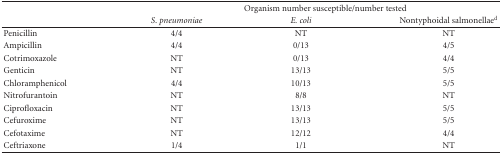
<table><thead><tr><td><b> </b></td><td colspan="3"><b>Organism number susceptible/number tested</b></td></tr><tr><td><b> </b></td><td><b><i>S. pneumoniae</i></b></td><td><b><i>E. coli</i></b></td><td><b>Nontyphoidal salmonellae<sup>d</sup></b></td></tr></thead><tbody><tr><td>Penicillin</td><td>4/4</td><td>NT</td><td>NT</td></tr><tr><td>Ampicillin</td><td>4/4</td><td>0/13</td><td>4/5</td></tr><tr><td>Cotrimoxazole</td><td>NT</td><td>0/13</td><td>4/4</td></tr><tr><td>Genticin</td><td>NT</td><td>13/13</td><td>5/5</td></tr><tr><td>Chloramphenicol</td><td>4/4</td><td>10/13</td><td>5/5</td></tr><tr><td>Nitrofurantoin</td><td>NT</td><td>8/8</td><td>NT</td></tr><tr><td>Ciprofloxacin</td><td>NT</td><td>13/13</td><td>5/5</td></tr><tr><td>Cefuroxime</td><td>NT</td><td>13/13</td><td>5/5</td></tr><tr><td>Cefotaxime</td><td>NT</td><td>12/12</td><td>4/4</td></tr><tr><td>Ceftriaxone</td><td>1/4</td><td>1/1</td><td>NT</td></tr></tbody></table>